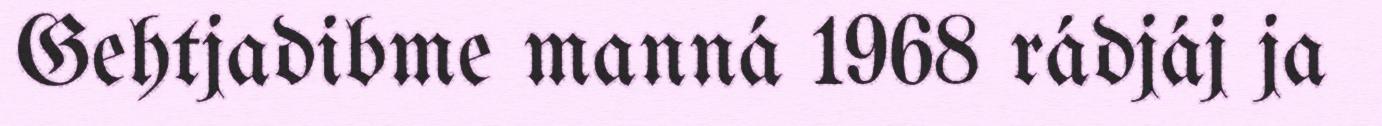
Gehtjadibme manná 1968 rádjáj ja